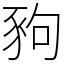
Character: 豞